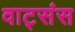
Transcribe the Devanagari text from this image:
वाट्संस